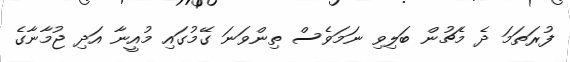
ފުރަތަމަ ދެ މެޗުން ބަލިވި ނަމަވެސް ތިންވަނަ ގޭމުގައި މުއީނާ އަދި ޖުމާނާގެ